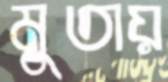
মুতায়